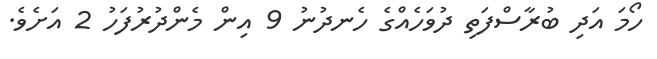
ހޯމަ އަދި ބުރާސްފަތި ދުވަހެއްގެ ހެނދުނު 9 އިން މެންދުރުފަހު 2 އަށެވެ.